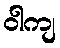
ဝါကျ